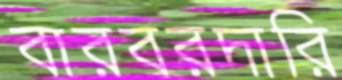
বারবরদারি